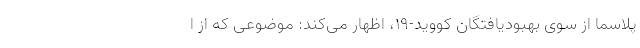
پلاسما از سوی بهبودیافتگان کووید-۱۹، اظهار می‌کند: موضوعی که از ا